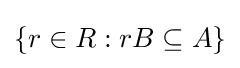
\{r\in R:rB\subseteq A\}